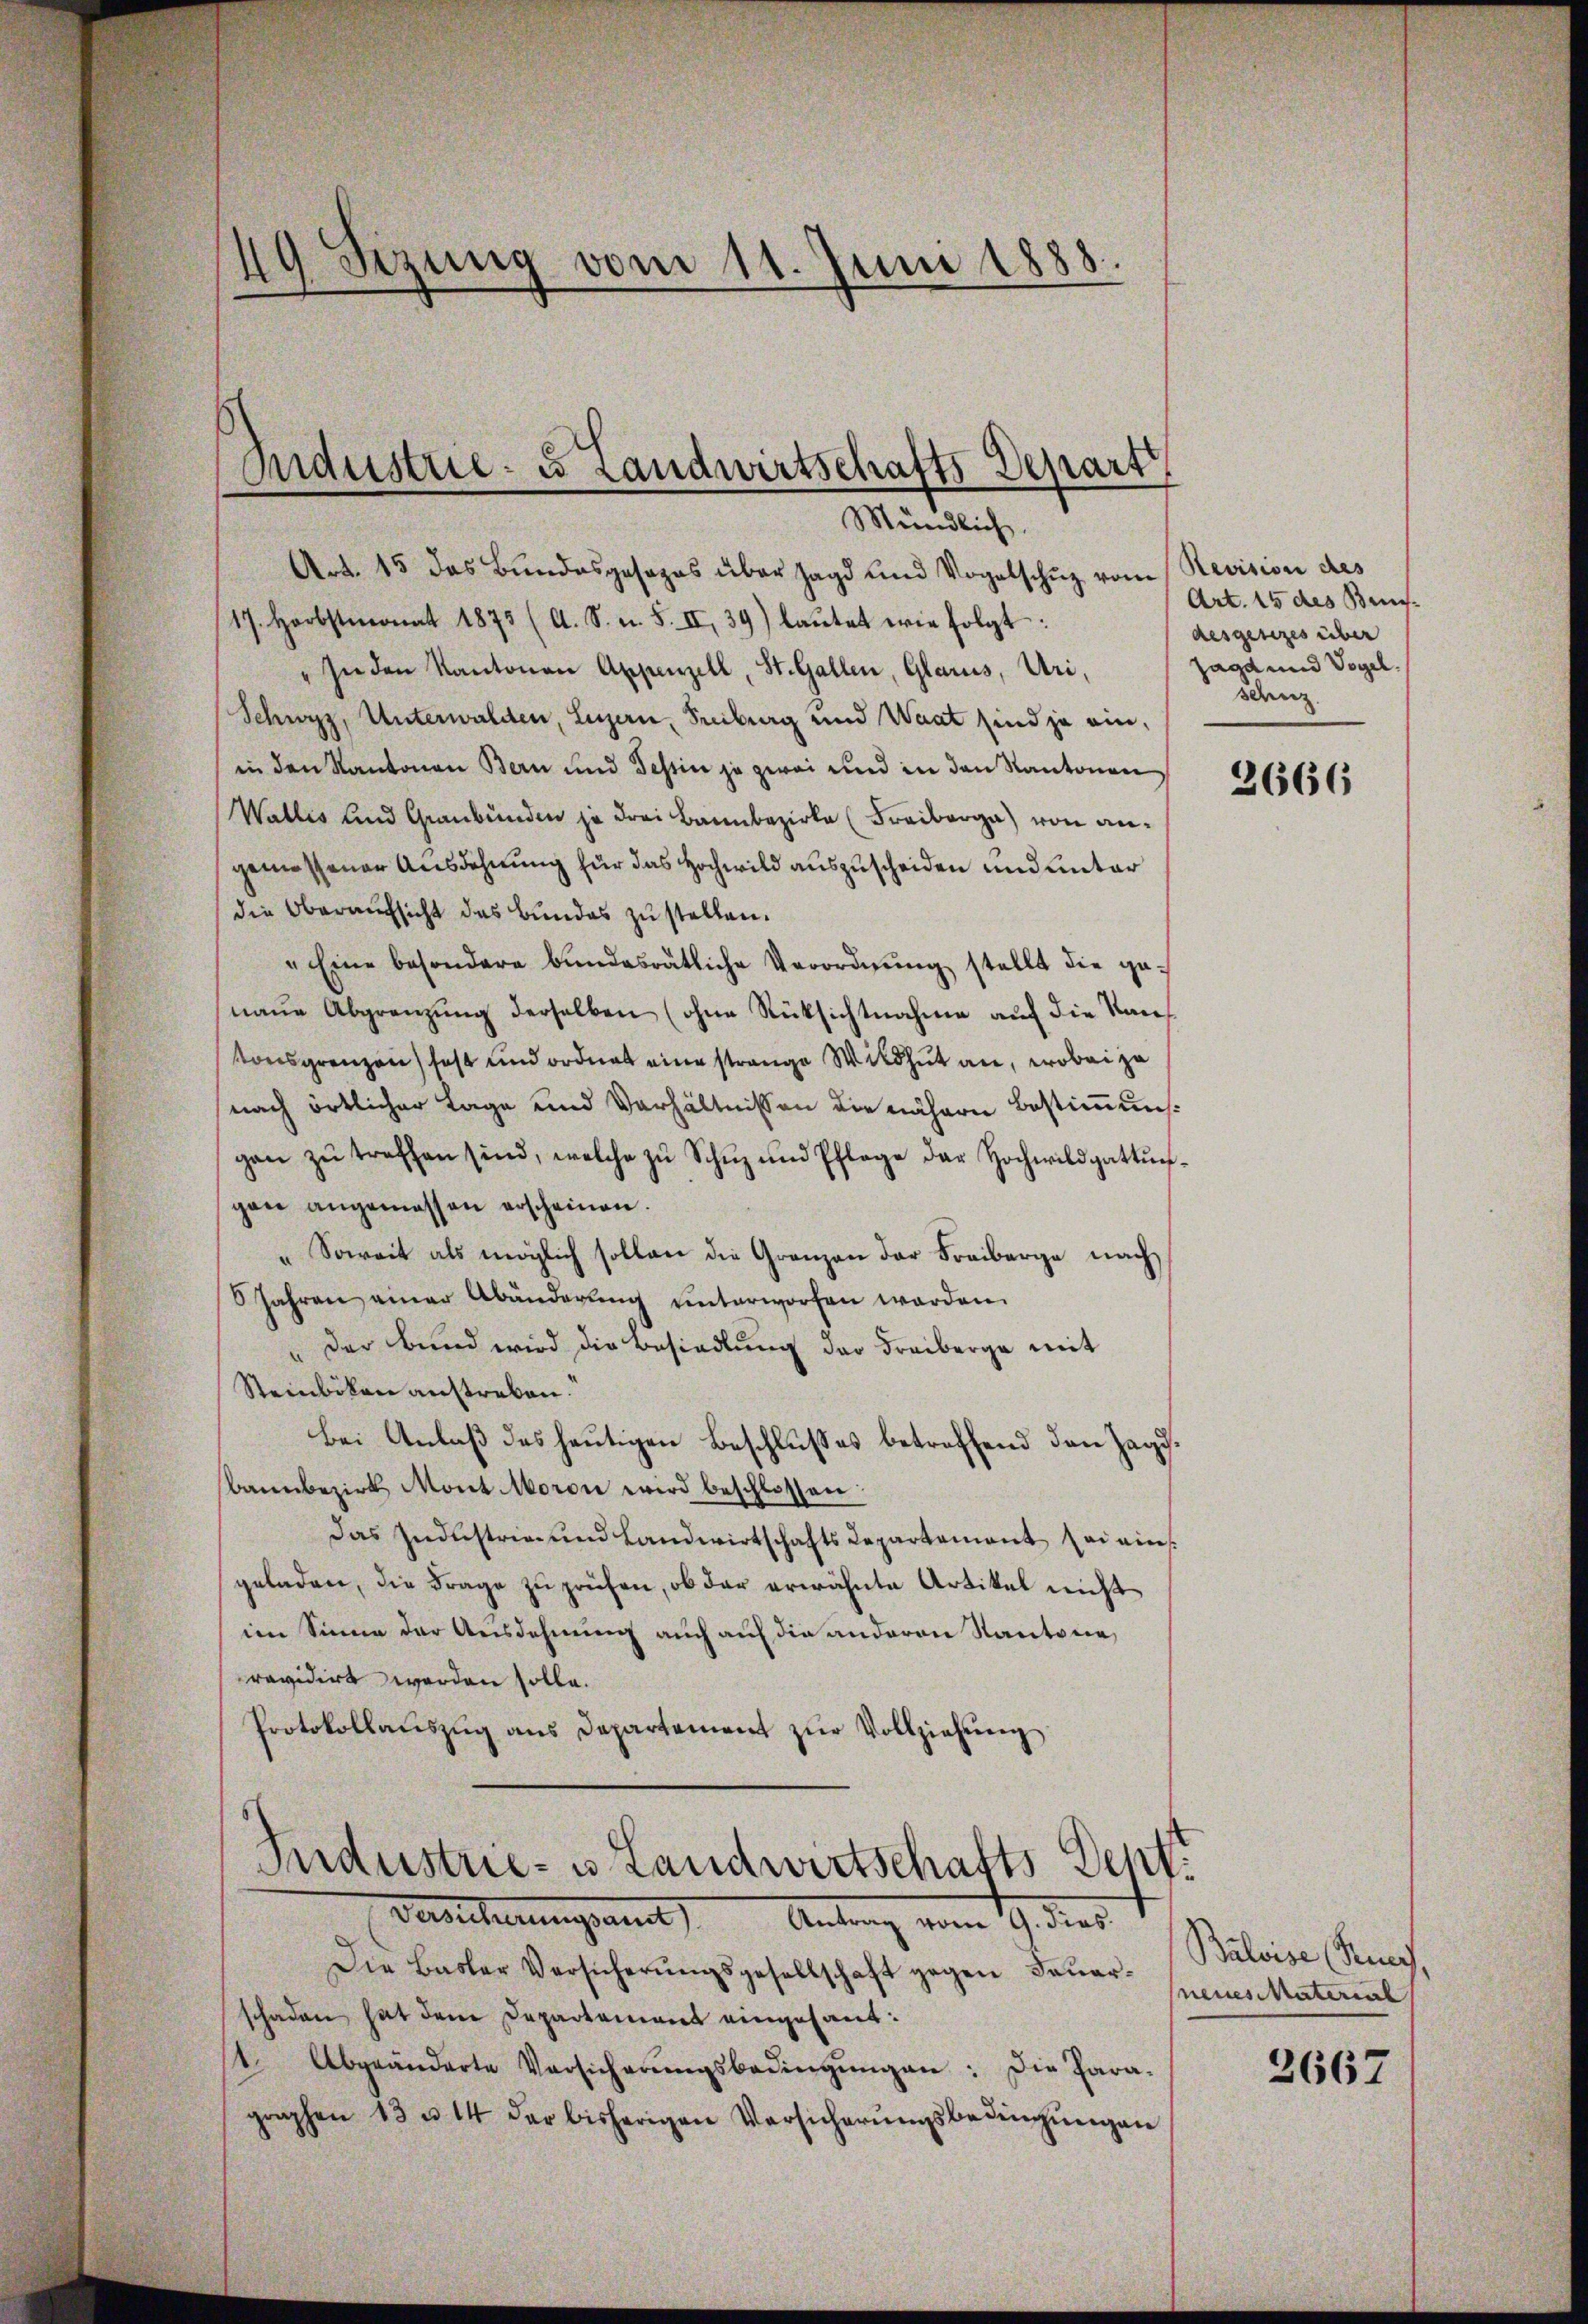
49 Sizung vom 11. Juni 1888.

Industrie - es Landwirtschafts-Depart
Mündlich.

Art. 15 das Bundesgesezes über Jagd und Vogelschuz vom Revision des
17. Herbstmonat 1873 (A. S. u. S. II, 39) laŭtet wie folgt:
" In den Kantonen Appenzell, St. Gallen, Glarus, Uri,
Schwyz, Unterwalden, Luzern, Freiburg und Waat sind ja ein-
in den Kantonen Bern und Tessin ja zwei und in den Kantonen
Wallis und Graubünden ja drei Bannbezirke (Freiberg) von angemessener Ausdehnung für das Hochwild auszuscheiden und unter
die Oberaufsicht des Bundes zu stellen.
"Eine besondere bŭndesrätliche Verordnŭng stellt die ge-
naue Abgrenzung derselben (ohne Rücksichtnahme auf die Kauf
tonsgrenzen fast und ordnet eine strange Wildhut an, wobei zu
nach örtlicher Lage und Verhältnissen die nähere Bestimmung
gan zŭ treffen sind, welche zŭ Schŭz und Pflege der Hochwildgattŭn-
gan angemessen erscheinen.
„Soweit als möglich sollen die Granzen der Freiberge nach
Jahren einer Abänderung unterworfen worden.
"der Bund wird die Besiedlung der Freiberge mit
Steinbokan anstreben.
bei Anlaß des heutigen Beschlußes betreffend den Zagibannbezirk Mont Moron wird beschlossen:
Das Industrie und Landwirtschafts Repartement sei eins
geladen, die Frage zu prüfen, ob der erwähnte Artikel nicht
im Sinne der Ausdehnung auch auf die anderen Kantone,
ravidirt worden solle.
Protokollaŭszŭg ans Departement zŭr Vollziehŭng
Industrie- u. Landwirtschafts Sept.
Gesicherungsans Antrag vom 19. dies
Die Basler Versicherŭngsgesellschaft gegen Feuer-spenes Material
schaden hat dem Departement eingesant.
1 Abgeänderte Versicherŭngsbedingŭngen: die Para-
graphen 13 u. 14 der bisherigen Versicherŭngsbedingŭngen

Art. 15 des Bei-
desgesezes über
Jagd und Vogel.
sanz

2666

Baloise (Kung,

2667